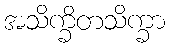
အသိက္ခိတသိက္ခာ